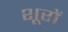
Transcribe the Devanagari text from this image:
शूरों